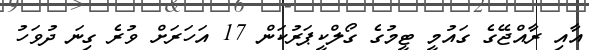
އާއި ރާއްޖޭގެ ގައުމީ ޓީމުގެ ގޯލްކީޕަރުކަން 17 އަހަރަށް ވުރެ ގިނަ ދުވަހު